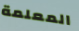
المعلمة